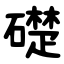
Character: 礎